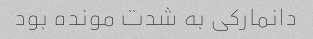
دانمارکی به شدت مونده بود